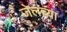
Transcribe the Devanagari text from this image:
जेलच्या